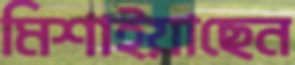
মিশাইয়াছেন